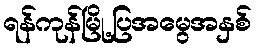
ရန်ကုန်မြို့ပြအမွေအနှစ်